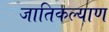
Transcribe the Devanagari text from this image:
जातिकल्याण